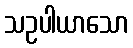
သဥပါယာသော